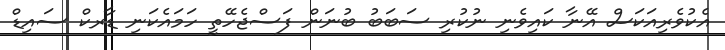
އެކުވެރިއަކަސް އޭނާ ކައިވެނި ނުކުރި ސަބަބު ބުނަން ފަސްޖެހޭތީ ހަމައެކަނި ޑާރކް ސައިޑް